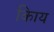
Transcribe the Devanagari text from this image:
किाय